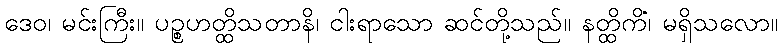
ဒေဝ၊ မင်းကြီး။ ပဉ္စဟတ္ထိသတာနိ၊ ငါးရာသော ဆင်တို့သည်။ နတ္ထိကိံ၊ မရှိသလော။